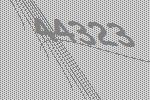
44323